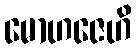
မောဟဇေဟိ